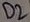
Text: D2